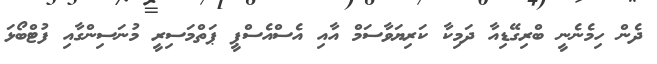
ދެން ހިމެނެނީ ބްރިގޭޑިއާ ދަމިކާ ކަރިޔަވާސަމް އާއި އެސްއެސްޕީ ޕަތްމަސިރީ މުނަސިންގާއި ފުޓްބޯޅަ